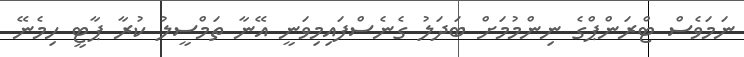
ނަމަވެސް ޓްރަންޕްގެ ނިންމުމަށް ބަދަލު ގެނެސްފައިމިވަނީ އޭނާ ތަމްސީލު ކުރާ ޕާޓީ ހިމެނޭ